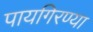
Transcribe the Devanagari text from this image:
पायगिरण्या